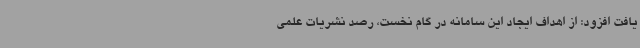
یافت افزود: از اهداف ایجاد این سامانه در گام نخست، رصد نشریات علمی